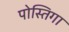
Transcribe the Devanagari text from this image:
पोस्तिगा